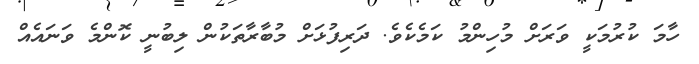
ހާމަ ކުރުމަކީ ވަރަށް މުހިންމު ކަމެކެވެ. ދަރިފުޅަށް މުބާރާތަކުން ލިބުނީ ކޮންމެ ވަނައެއް